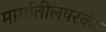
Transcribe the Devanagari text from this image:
मार्गातीलपरकी